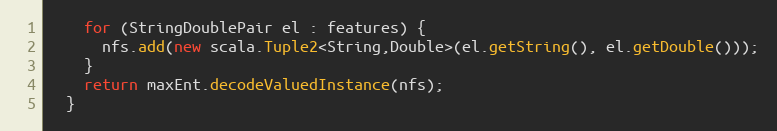
Language: Java
    for (StringDoublePair el : features) {
      nfs.add(new scala.Tuple2<String,Double>(el.getString(), el.getDouble()));
    }
    return maxEnt.decodeValuedInstance(nfs);
  }